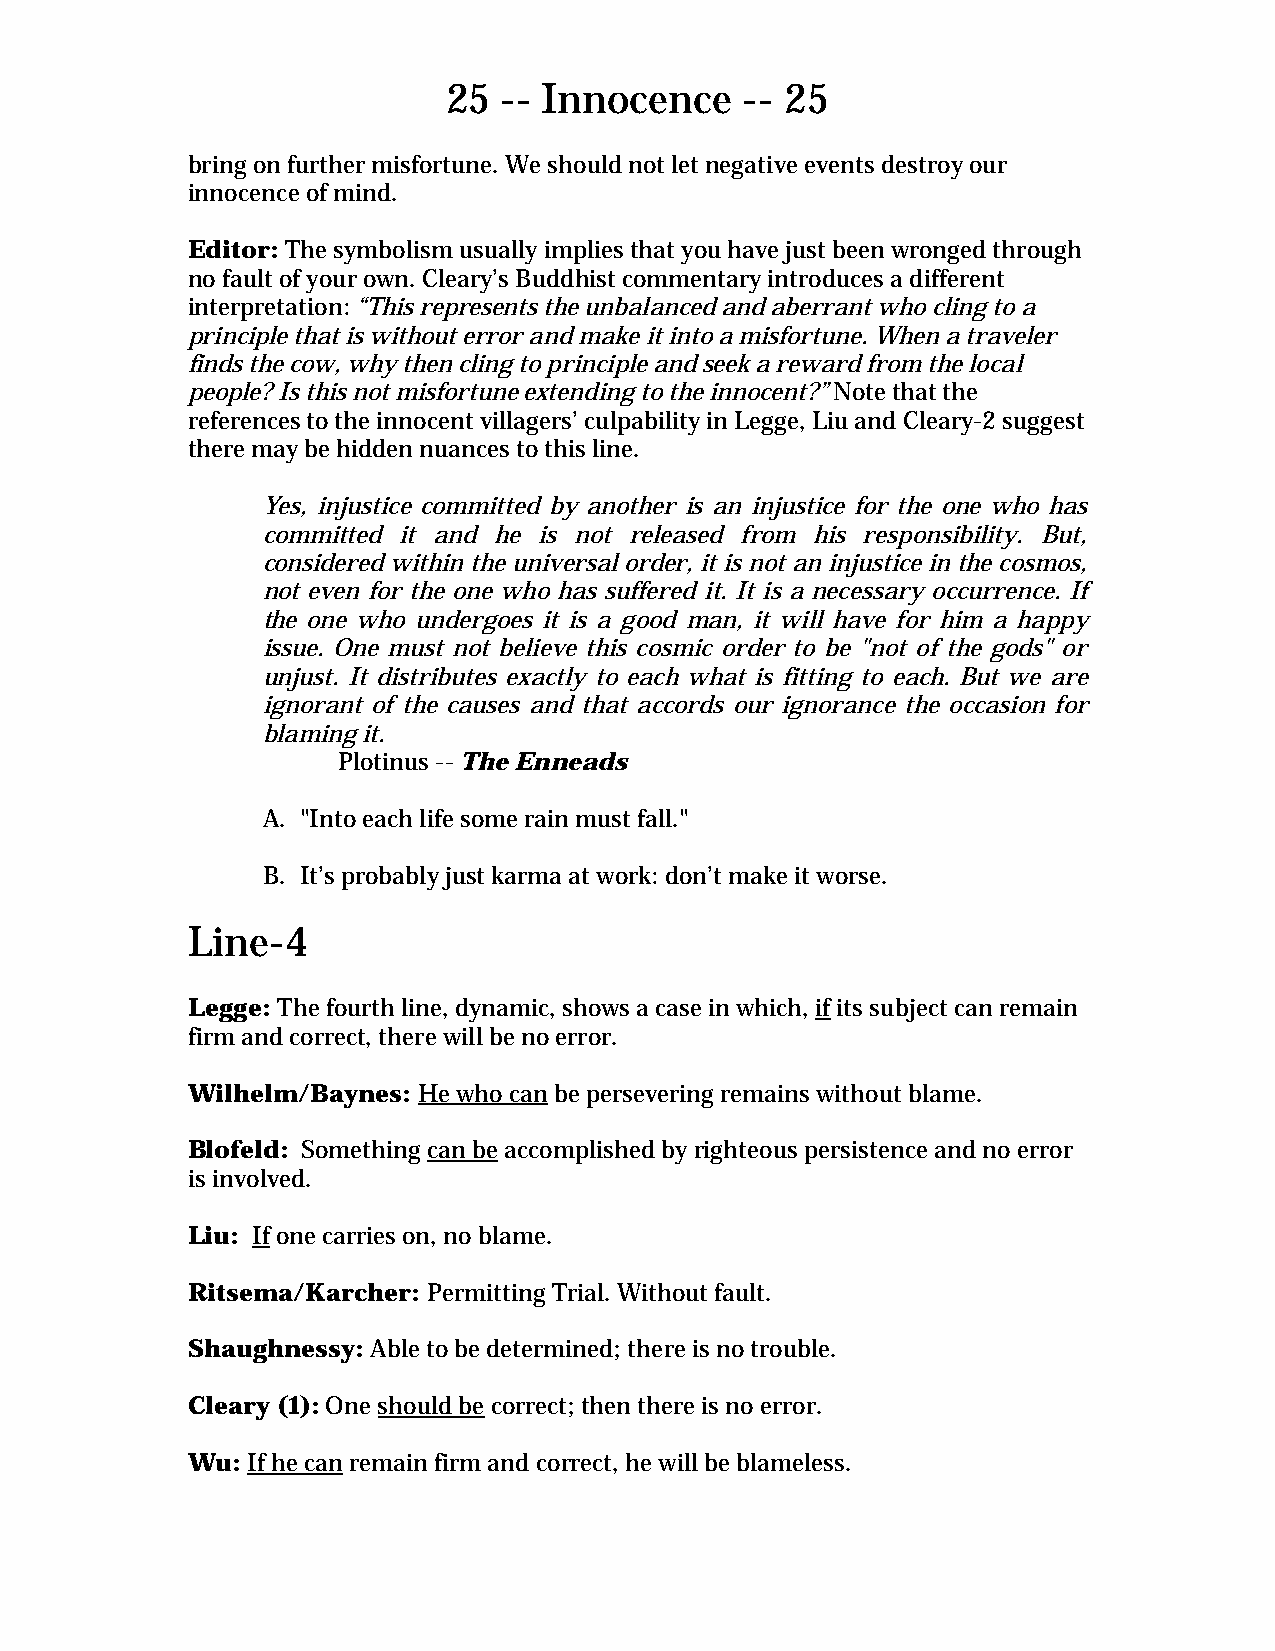
25 -- Innocence    -- 25
 bring on further misfortune. We should not let negative events destroy our
 innocence of mind.
 Editor: The symbolism usually implies that you have just been wronged through
 no fault of your own. Cleary’s Buddhist commentary introduces a different
 interpretation: “This represents the unbalanced and aberrant who cling to a
 principle that is without error and make it into a misfortune. When a traveler
 finds the cow, why then cling to principle and seek a reward from the local
 people? Is this not misfortune extending to the innocent?” Note that the
 references to the innocent villagers’ culpability in Legge, Liu and Cleary-2 suggest
 there may be hidden nuances to this line.
 Yes, injustice committed by another is an injustice for the one who has
 committed it and he is not released from his responsibility. But,
 considered within the universal order, it is not an injustice in the cosmos,
 not even for the one who has suffered it. It is a necessary occurrence. If
 the one who undergoes it is a good man, it will have for him a happy
 issue. One must not believe this cosmic order to be "not of the gods" or
 unjust. It distributes exactly to each what is fitting to each. But we are
 ignorant of the causes and that accords our ignorance the occasion for
 blaming it.
 Plotinus -- The Enneads
 A. "Into each life some rain must fall."
 B. It’s probably just karma at work: don’t make it worse.
 Line-4
 Legge: The fourth line, dynamic, shows a case in which, if its subject can remain
 firm and correct, there will be no error.
 Wilhelm/Baynes: He who can be persevering remains without blame.
 Blofeld: Something can be accomplished by righteous persistence and no error
 is involved.
 Liu: If one carries on, no blame.
 Ritsema/Karcher: Permitting Trial. Without fault.
 Shaughnessy: Able to be determined; there is no trouble.
 Cleary (1): One should be correct; then there is no error.
 Wu: If he can remain firm and correct, he will be blameless.